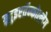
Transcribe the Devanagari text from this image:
ग़्रदुइएर्तेन्कोल्लेग